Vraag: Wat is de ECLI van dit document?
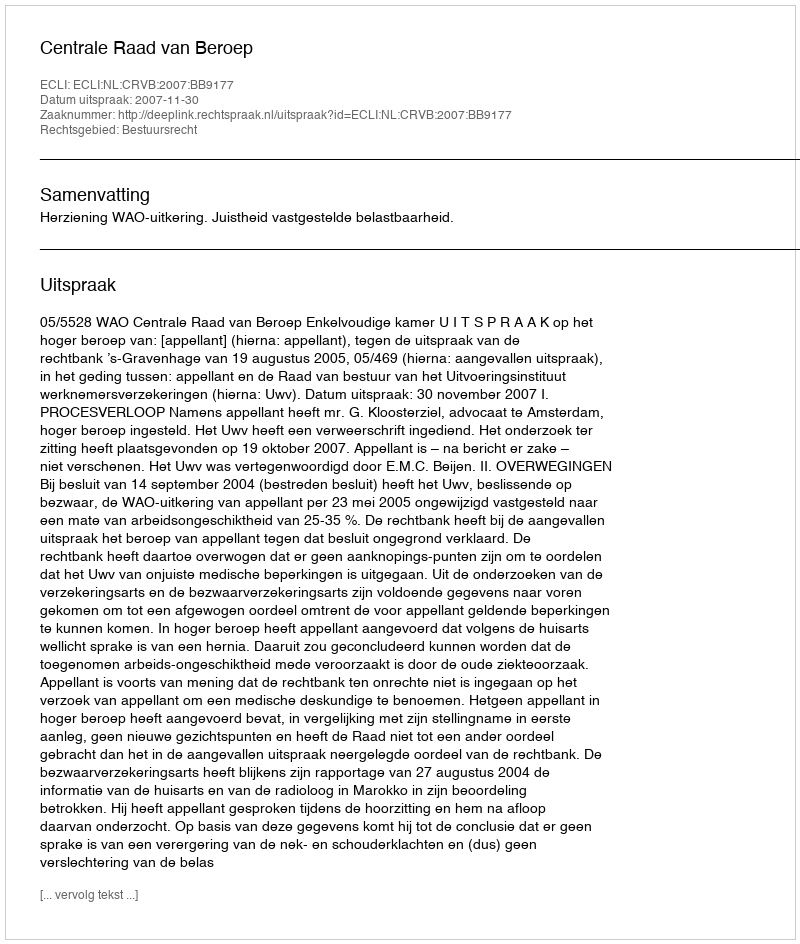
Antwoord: ECLI:NL:CRVB:2007:BB9177